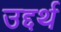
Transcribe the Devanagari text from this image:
उद्दर्थ